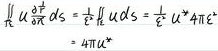
\[
\begin{align*}
\iint_{\Sigma} \frac{\partial \vec{r}}{\partial n} dS&=\frac{1}{\varepsilon_{0}} \iint_{\Sigma} \vec{u} dS\\
&=\frac{1}{\varepsilon_{0}} \cdot u \cdot 4 \pi R^{2}\\
&=4 \pi u \frac{1}{\varepsilon_{0}}
\end{align*}
\]